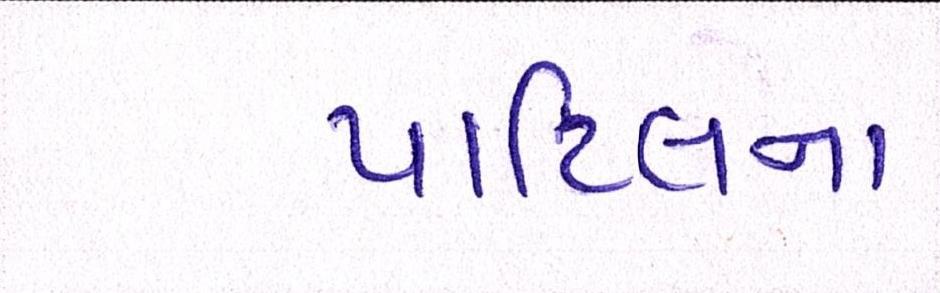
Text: પાટિલના